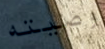
وصيته